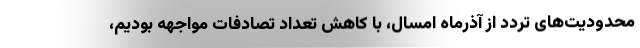
محدودیت‌های تردد از آذرماه امسال، با کاهش تعداد تصادفات مواجهه بودیم،